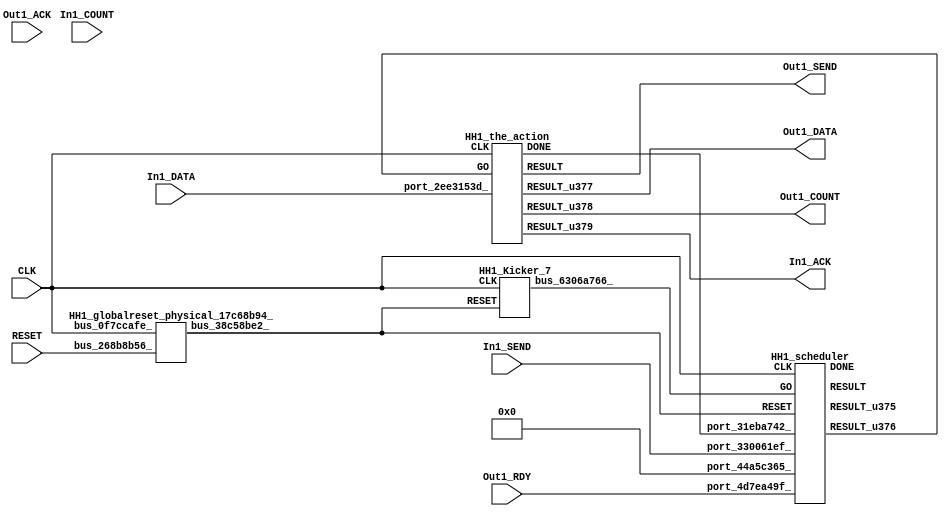
// __  ___ __ ___  _ __   ___  ___ 
// \ \/ / '__/ _ \| '_ \ / _ \/ __|
//  >  <| | | (_) | | | | (_) \__ \
// /_/\_\_|  \___/|_| |_|\___/|___/
// 
// Xronos synthesizer version
// Run date: Thu 2 Nov 2017 13:56:32 +0000
// 

module HH1(Out1_SEND, Out1_DATA, CLK, Out1_RDY, In1_SEND, In1_ACK, In1_DATA, Out1_COUNT, RESET, Out1_ACK, In1_COUNT);
output		Out1_SEND;
output	[15:0]	Out1_DATA;
input		CLK;
wire		the_action_done;
input		Out1_RDY;
input		In1_SEND;
output		In1_ACK;
wire		the_action_go;
input	[15:0]	In1_DATA;
output	[15:0]	Out1_COUNT;
input		RESET;
input		Out1_ACK;
input	[15:0]	In1_COUNT;
wire		scheduler;
wire		scheduler_u43;
wire	[31:0]	scheduler_u42;
wire		HH1_scheduler_instance_DONE;
wire	[31:0]	bus_0ee2ee69_;
wire		bus_4ec19633_;
wire		bus_38c58be2_;
wire		the_action_u8;
wire		HH1_the_action_instance_DONE;
wire	[15:0]	the_action_u6;
wire		the_action;
wire	[15:0]	the_action_u7;
wire		bus_6306a766_;
assign Out1_SEND=the_action;
assign Out1_DATA=the_action_u6;
assign the_action_done=bus_4ec19633_;
assign In1_ACK=the_action_u8;
assign the_action_go=scheduler_u43;
assign Out1_COUNT=the_action_u7;
HH1_scheduler HH1_scheduler_instance(.CLK(CLK), .RESET(bus_38c58be2_), .GO(bus_6306a766_), 
  .port_44a5c365_(32'h0), .port_31eba742_(the_action_done), .port_4d7ea49f_(Out1_RDY), 
  .port_330061ef_(In1_SEND), .DONE(HH1_scheduler_instance_DONE), .RESULT(scheduler), 
  .RESULT_u375(scheduler_u42), .RESULT_u376(scheduler_u43));
HH1_stateVar_fsmState_HH1 HH1_stateVar_fsmState_HH1_1(.bus_7806be0e_(CLK), .bus_6c24a559_(bus_38c58be2_), 
  .bus_62815cc0_(scheduler), .bus_66fd1e93_(32'h0), .bus_0ee2ee69_(bus_0ee2ee69_));
assign bus_4ec19633_=HH1_the_action_instance_DONE&{1{HH1_the_action_instance_DONE}};
HH1_globalreset_physical_17c68b94_ HH1_globalreset_physical_17c68b94__1(.bus_0f7ccafe_(CLK), 
  .bus_268b8b56_(RESET), .bus_38c58be2_(bus_38c58be2_));
HH1_the_action HH1_the_action_instance(.CLK(CLK), .GO(the_action_go), .port_2ee3153d_(In1_DATA), 
  .DONE(HH1_the_action_instance_DONE), .RESULT(the_action), .RESULT_u377(the_action_u6), 
  .RESULT_u378(the_action_u7), .RESULT_u379(the_action_u8));
HH1_Kicker_7 HH1_Kicker_7_1(.CLK(CLK), .RESET(bus_38c58be2_), .bus_6306a766_(bus_6306a766_));
endmodule



module HH1_scheduler(CLK, RESET, GO, port_44a5c365_, port_31eba742_, port_4d7ea49f_, port_330061ef_, RESULT, RESULT_u375, RESULT_u376, DONE);
input		CLK;
input		RESET;
input		GO;
input	[31:0]	port_44a5c365_;
input		port_31eba742_;
input		port_4d7ea49f_;
input		port_330061ef_;
output		RESULT;
output	[31:0]	RESULT_u375;
output		RESULT_u376;
output		DONE;
wire		and_u657_u0;
reg		and_delayed_u31=1'h0;
wire		equals;
wire signed	[31:0]	equals_b_signed;
wire signed	[31:0]	equals_a_signed;
wire		and_u658_u0;
wire		not_u126_u0;
wire		and_u659_u0;
wire		and_u660_u0;
wire		not_u127_u0;
wire		and_u661_u0;
wire		and_u662_u0;
wire		not_u128_u0;
wire		and_u663_u0;
wire		simplePinWrite;
wire		and_u664_u0;
wire		and_u665_u0;
wire		and_u666_u0;
wire		or_u172_u0;
reg		reg_3cd5165a_u0=1'h0;
wire		or_u173_u0;
reg		reg_0bf033cc_u0=1'h0;
assign and_u657_u0=or_u172_u0&or_u172_u0;
always @(posedge CLK or posedge RESET)
begin
if (RESET)
and_delayed_u31<=1'h0;
else and_delayed_u31<=and_u657_u0;
end
assign equals_a_signed=32'h0;
assign equals_b_signed=32'h0;
assign equals=equals_a_signed==equals_b_signed;
assign and_u658_u0=and_u657_u0&equals;
assign not_u126_u0=~equals;
assign and_u659_u0=and_u657_u0&not_u126_u0;
assign and_u660_u0=and_u666_u0&not_u127_u0;
assign not_u127_u0=~port_330061ef_;
assign and_u661_u0=and_u666_u0&port_330061ef_;
assign and_u662_u0=and_u665_u0&not_u128_u0;
assign not_u128_u0=~port_4d7ea49f_;
assign and_u663_u0=and_u665_u0&port_4d7ea49f_;
assign simplePinWrite=and_u664_u0&{1{and_u664_u0}};
assign and_u664_u0=and_u663_u0&and_u665_u0;
assign and_u665_u0=and_u661_u0&and_u666_u0;
assign and_u666_u0=and_u658_u0&and_u657_u0;
assign or_u172_u0=and_delayed_u31|reg_3cd5165a_u0;
always @(posedge CLK or posedge RESET)
begin
if (RESET)
reg_3cd5165a_u0<=1'h0;
else reg_3cd5165a_u0<=reg_0bf033cc_u0;
end
assign or_u173_u0=GO|and_u664_u0;
always @(posedge CLK or posedge RESET)
begin
if (RESET)
reg_0bf033cc_u0<=1'h0;
else reg_0bf033cc_u0<=GO;
end
assign RESULT=or_u173_u0;
assign RESULT_u375=32'h0;
assign RESULT_u376=simplePinWrite;
assign DONE=1'h0;
endmodule



module HH1_endianswapper_57209ca3_(endianswapper_57209ca3_in, endianswapper_57209ca3_out);
input	[31:0]	endianswapper_57209ca3_in;
output	[31:0]	endianswapper_57209ca3_out;
assign endianswapper_57209ca3_out=32'h0;
endmodule



module HH1_endianswapper_52a2c958_(endianswapper_52a2c958_in, endianswapper_52a2c958_out);
input	[31:0]	endianswapper_52a2c958_in;
output	[31:0]	endianswapper_52a2c958_out;
assign endianswapper_52a2c958_out=32'h0;
endmodule



module HH1_stateVar_fsmState_HH1(bus_7806be0e_, bus_6c24a559_, bus_62815cc0_, bus_66fd1e93_, bus_0ee2ee69_);
input		bus_7806be0e_;
input		bus_6c24a559_;
input		bus_62815cc0_;
input	[31:0]	bus_66fd1e93_;
output	[31:0]	bus_0ee2ee69_;
wire	[31:0]	endianswapper_57209ca3_out;
wire	[31:0]	endianswapper_52a2c958_out;
HH1_endianswapper_57209ca3_ HH1_endianswapper_57209ca3__1(.endianswapper_57209ca3_in(32'h0), 
  .endianswapper_57209ca3_out(endianswapper_57209ca3_out));
assign bus_0ee2ee69_=32'h0;
HH1_endianswapper_52a2c958_ HH1_endianswapper_52a2c958__1(.endianswapper_52a2c958_in(32'h0), 
  .endianswapper_52a2c958_out(endianswapper_52a2c958_out));
endmodule



module HH1_globalreset_physical_17c68b94_(bus_0f7ccafe_, bus_268b8b56_, bus_38c58be2_);
input		bus_0f7ccafe_;
input		bus_268b8b56_;
output		bus_38c58be2_;
wire		not_4797adb6_u0;
wire		and_4856a7b4_u0;
reg		sample_u7=1'h0;
reg		final_u7=1'h1;
reg		cross_u7=1'h0;
reg		glitch_u7=1'h0;
wire		or_4d2d8513_u0;
assign not_4797adb6_u0=~and_4856a7b4_u0;
assign and_4856a7b4_u0=cross_u7&glitch_u7;
always @(posedge bus_0f7ccafe_)
begin
sample_u7<=1'h1;
end
assign bus_38c58be2_=or_4d2d8513_u0;
always @(posedge bus_0f7ccafe_)
begin
final_u7<=not_4797adb6_u0;
end
always @(posedge bus_0f7ccafe_)
begin
cross_u7<=sample_u7;
end
always @(posedge bus_0f7ccafe_)
begin
glitch_u7<=cross_u7;
end
assign or_4d2d8513_u0=bus_268b8b56_|final_u7;
endmodule



module HH1_the_action(CLK, GO, port_2ee3153d_, RESULT, RESULT_u377, RESULT_u378, RESULT_u379, DONE);
input		CLK;
input		GO;
input	[15:0]	port_2ee3153d_;
output		RESULT;
output	[15:0]	RESULT_u377;
output	[15:0]	RESULT_u378;
output		RESULT_u379;
output		DONE;
wire		simplePinWrite;
wire		simplePinWrite_u105;
wire	[15:0]	simplePinWrite_u106;
wire	[15:0]	simplePinWrite_u107;
assign simplePinWrite=GO&{1{GO}};
assign simplePinWrite_u105=GO&{1{GO}};
assign simplePinWrite_u106=16'h1&{16{1'h1}};
assign simplePinWrite_u107=port_2ee3153d_;
assign RESULT=simplePinWrite_u105;
assign RESULT_u377=simplePinWrite_u107;
assign RESULT_u378=simplePinWrite_u106;
assign RESULT_u379=simplePinWrite;
assign DONE=GO;
endmodule



module HH1_Kicker_7(CLK, RESET, bus_6306a766_);
input		CLK;
input		RESET;
output		bus_6306a766_;
wire		bus_0d80b756_;
reg		kicker_2=1'h0;
reg		kicker_res=1'h0;
reg		kicker_1=1'h0;
wire		bus_2e7e7389_;
wire		bus_5ccfcde7_;
wire		bus_30f7dad5_;
assign bus_0d80b756_=~RESET;
always @(posedge CLK)
begin
kicker_2<=bus_2e7e7389_;
end
always @(posedge CLK)
begin
kicker_res<=bus_5ccfcde7_;
end
assign bus_6306a766_=kicker_res;
always @(posedge CLK)
begin
kicker_1<=bus_0d80b756_;
end
assign bus_2e7e7389_=bus_0d80b756_&kicker_1;
assign bus_5ccfcde7_=kicker_1&bus_0d80b756_&bus_30f7dad5_;
assign bus_30f7dad5_=~kicker_2;
endmodule